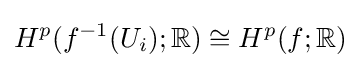
H^{p}(f^{-1}(U_{i});\mathbb {R} )\cong H^{p}(f;\mathbb {R} )